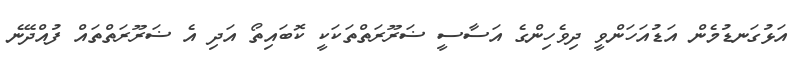
އަޅުގަނޑުމެން އަޑުއަހަންވީ ދިވެހިންގެ އަސާސީ ޟަރޫރަތްތަކަކީ ކޮބައިތޯ އަދި އެ ޟަރޫރަތްތައް ފުއްދޭނެ